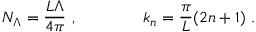
N _ { \Lambda } = \frac { L \Lambda } { 4 \pi } \ , \qquad \qquad k _ { n } = \frac { \pi } { L } ( 2 n + 1 ) \ .